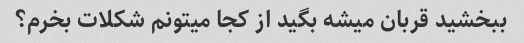
ببخشید قربان میشه بگید از کجا میتونم شکلات بخرم؟